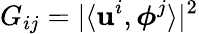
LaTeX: G_{ij}=|\langle{\mathbf u}^{i},\boldsymbol{\phi}^{j}\rangle|^{2}